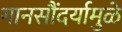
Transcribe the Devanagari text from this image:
गानसौंदर्यामुळे